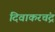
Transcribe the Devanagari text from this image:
दिवाकरचंद्र